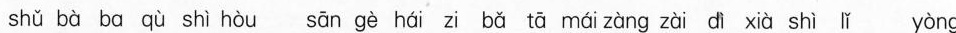
shǔ bà ba qù shì hòu sān gè hái zi bǎ tā mái zàng zài dì xià shì lǐ yòng